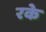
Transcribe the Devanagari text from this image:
रके